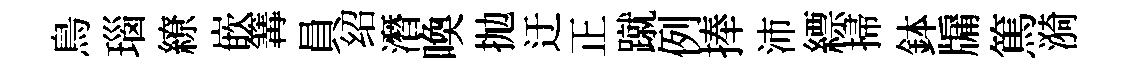
鳥瑙繚嵌篝員绍潛喚抛迂正蹴例捧沛縹掃鉢牖篤漪